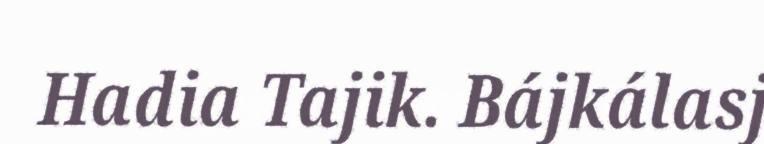
Hadia Tajik. Bájkálasj